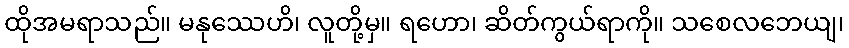
ထိုအမရာသည်။ မနုဿေဟိ၊ လူတို့မှ။ ရဟော၊ ဆိတ်ကွယ်ရာကို။ သစေလဘေယျ၊